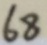
6 8